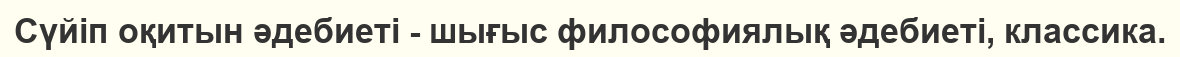
Сүйіп оқитын әдебиеті - шығыс философиялық әдебиеті, классика.